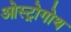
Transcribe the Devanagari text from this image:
ओस्ट्रोगोथ